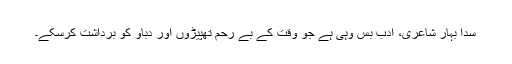
سدا بہار شاعری، ادب بس وُہی ہے جو وقت کے بے رحم تھپیڑوں اور دباؤ کو برداشت کرسکے۔